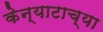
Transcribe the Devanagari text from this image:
केन्याटाच्या